Annual report of the Punjab Veterinary College and of the Civil Veterinary Department, Punjab - 1920-1925
Year: 1920
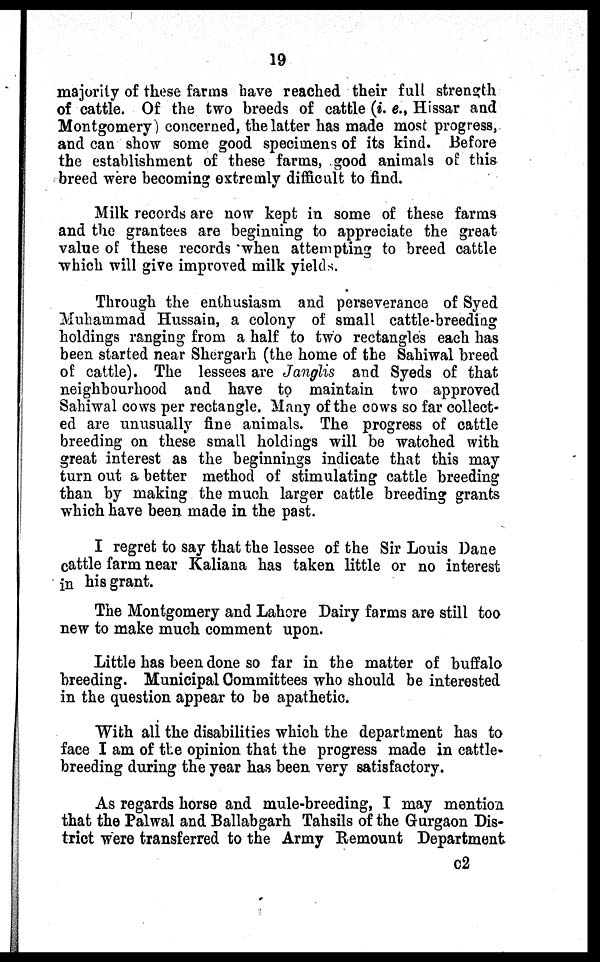
19
majority of these farms have reached their full strength
of cattle. Of the two breeds of cattle (i. e., Hissar and
Montgomery) concerned, the latter has made most progress,
and can show some good specimens of its kind. Before
the establishment of these farms, good animals of this
breed were becoming extremly difficult to find.
Milk records are now kept in some of these farms
and the grantees are beginning to appreciate the great
value of these records when attempting to breed cattle
which will give improved milk yields.
Through the enthusiasm and perseverance of Syed
Muhammad Hussain, a colony of small cattle-breeding
holdings ranging from a half to two rectangles each has
been started near Shergarh (the home of the Sahiwal breed
of cattle). The lessees are Janglis and Syeds of that
neighbourhood and have to maintain two approved
Sahiwal cows per rectangle. Many of the cows so far collect-
ed are unusually fine animals. The progress of cattle
breeding on these small holdings will be watched with
great interest as the beginnings indicate that this may
turn out a better method of stimulating cattle breeding
than by making the much larger cattle breeding grants
which have been made in the past.
I regret to say that the lessee of the Sir Louis Dane
cattle farm near Kaliana has taken little or no interest
in his grant.
The Montgomery and Lahore Dairy farms are still too
new to make much comment upon.
Little has been done so far in the matter of buffalo
breeding. Municipal Committees who should be interested
in the question appear to be apathetic.
With all the disabilities which the department has to
face I am of the opinion that the progress made in cattle-
breeding during the year has been very satisfactory.
As regards horse and mule-breeding, I may mention
that the Palwal and Ballabgarh Tahsils of the Gurgaon Dis-
trict were transferred to the Army Remount Department
c2